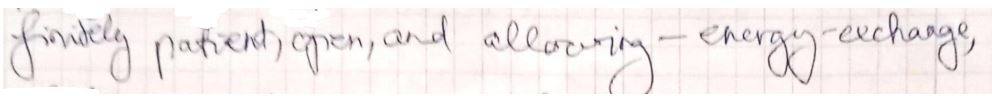
family patients open, and allowing energy-exchange,